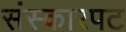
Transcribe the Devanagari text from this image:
संस्कारपट